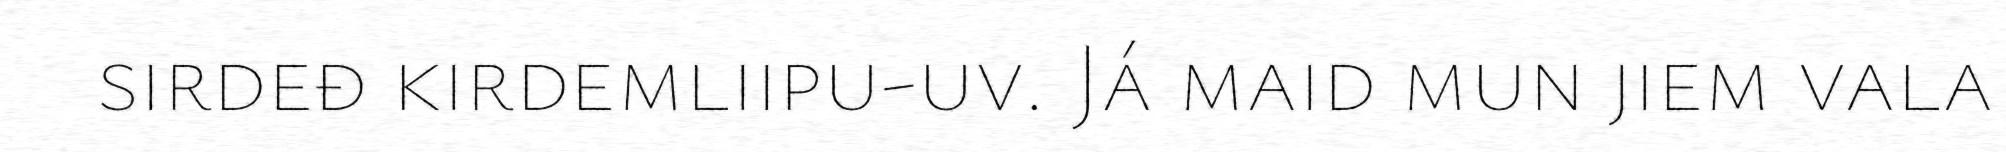
sirdeđ kirdemliipu-uv. Já maid mun jiem vala